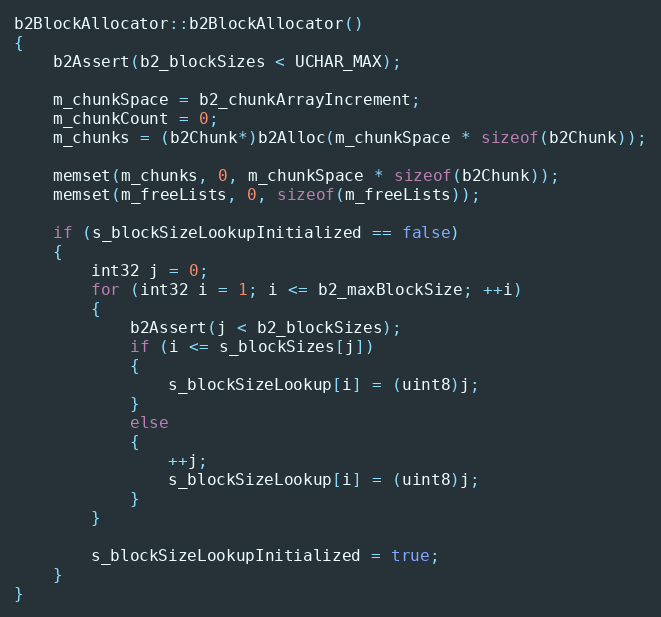
Language: C++
b2BlockAllocator::b2BlockAllocator()
{
	b2Assert(b2_blockSizes < UCHAR_MAX);

	m_chunkSpace = b2_chunkArrayIncrement;
	m_chunkCount = 0;
	m_chunks = (b2Chunk*)b2Alloc(m_chunkSpace * sizeof(b2Chunk));

	memset(m_chunks, 0, m_chunkSpace * sizeof(b2Chunk));
	memset(m_freeLists, 0, sizeof(m_freeLists));

	if (s_blockSizeLookupInitialized == false)
	{
		int32 j = 0;
		for (int32 i = 1; i <= b2_maxBlockSize; ++i)
		{
			b2Assert(j < b2_blockSizes);
			if (i <= s_blockSizes[j])
			{
				s_blockSizeLookup[i] = (uint8)j;
			}
			else
			{
				++j;
				s_blockSizeLookup[i] = (uint8)j;
			}
		}

		s_blockSizeLookupInitialized = true;
	}
}